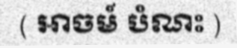
( អាចម៍ បំណះ )